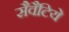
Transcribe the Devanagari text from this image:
सैवैटिये